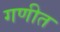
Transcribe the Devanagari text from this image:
गणीत